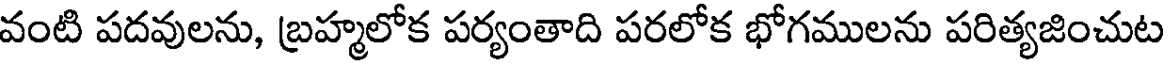
వంటి పదవులను, బ్రహ్మలోక పర్యంతాది పరలోక భోగములను పరిత్యజించుట